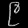
Digit: ၉